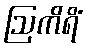
ဩကိရိံ